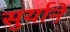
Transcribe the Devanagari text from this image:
सुर्याने